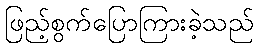
ဖြည့်စွက်ပြောကြားခဲ့သည်